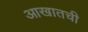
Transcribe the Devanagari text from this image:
आखातची